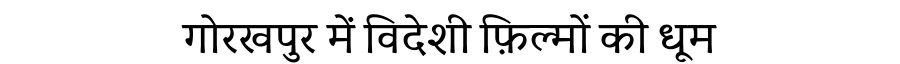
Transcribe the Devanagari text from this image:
गोरखपुर में विदेशी फ़िल्मों की धूम